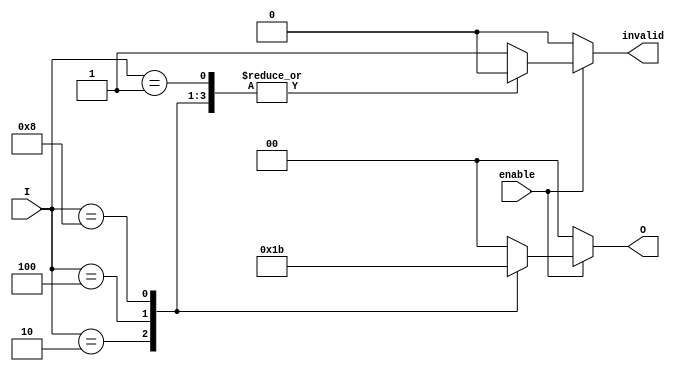
module binary_encoder (
    input wire [3:0] I,         // 4 input lines
    input wire enable,          // Enable signal
    output reg [1:0] O,         // 2 output lines
    output reg invalid          // Invalid output flag
);

always @(*) begin
    if (!enable) begin
        O = 2'b00;              // If not enabled, output can be set to default
        invalid = 1'b0;         // No invalid state
    end else begin
        case (I)
            4'b0001: begin
                O = 2'b00;      // I0 active
                invalid = 1'b0;
            end
            4'b0010: begin
                O = 2'b01;      // I1 active
                invalid = 1'b0;
            end
            4'b0100: begin
                O = 2'b10;      // I2 active
                invalid = 1'b0;
            end
            4'b1000: begin
                O = 2'b11;      // I3 active
                invalid = 1'b0;
            end
            default: begin
                O = 2'b00;      // Default output for invalid state (multiple active)
                invalid = 1'b1; // Set invalid flag
            end
        endcase
    end
end

endmodule